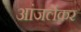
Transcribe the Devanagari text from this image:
आंजर्लेकर